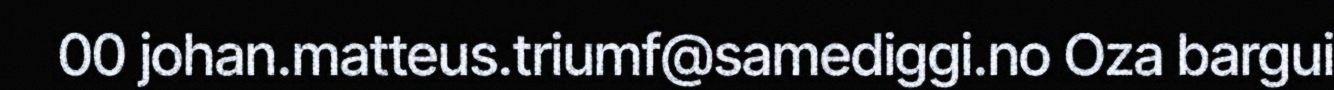
00 johan.matteus.triumf@samediggi.no Oza bargui